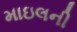
માઇલની